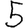
Digit: 5